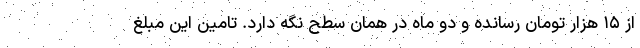
از ۱۵ هزار تومان رسانده و دو ماه در همان سطح نگه دارد. تامین این مبلغ